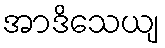
အာဒိသေယျ